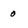
Character: 0